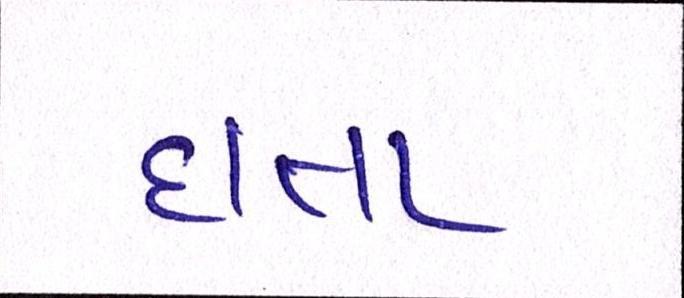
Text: દાતા